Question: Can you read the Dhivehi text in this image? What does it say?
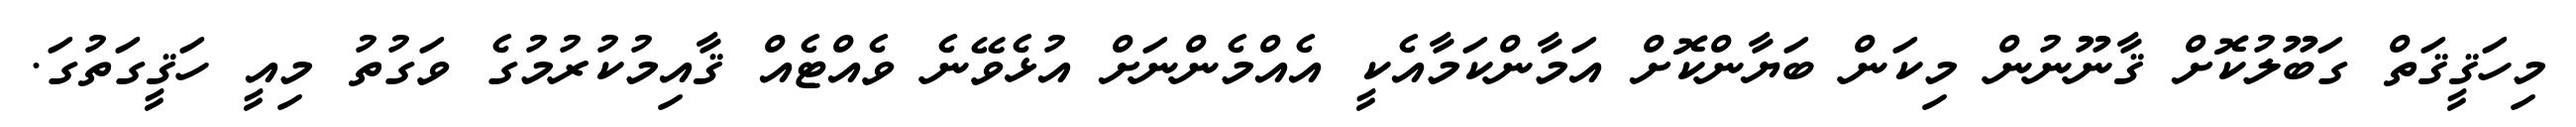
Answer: މިހަޤީޤަތް ގަބޫލުކޮށް ޤާނޫނުން މިކަން ބަޔާންކޮށް އަމާންކަމާއެކީ އެއްމެންނަށް އުޅެވޭނެ ވެއްޓެއް ޤާއިމުކުރުމުގެ ވަގުތު މިއީ ހަޤީގަތުގަ.